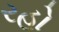
રહો